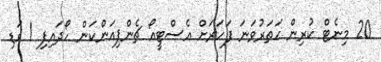
20 މިނެޓް ކުރިން ހަތަރުވަނަ ފަހަރަށް އެސްޓީއޯ ޗެންޕިއަންކަން ހޯދައިފި 1 ގަޑި